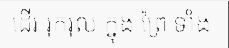
ដើរ រុករុល ក្នុង ព្រៃ ទាំង